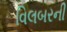
વિલબરની